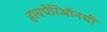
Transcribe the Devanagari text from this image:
हायपेरिऑनची